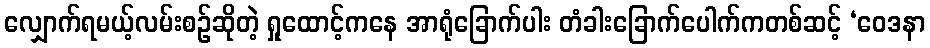
လျှောက်ရမယ့်လမ်းစဉ်ဆိုတဲ့ ရှုထောင့်ကနေ အာရုံခြောက်ပါး တံခါးခြောက်ပေါက်ကတစ်ဆင့် ‘ဝေဒနာ